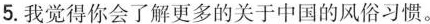
5.我觉得你会了解更多的关于中国的风俗习惯。